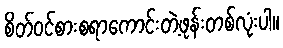
စိတ်ဝင်စားစရာကောင်းတဲ့ဖုန်းတစ်လုံးပါ။